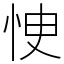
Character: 㤤